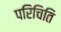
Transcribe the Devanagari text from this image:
परिचिति